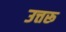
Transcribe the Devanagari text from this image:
उत्तरू